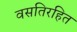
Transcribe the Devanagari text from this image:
वसतिरहित